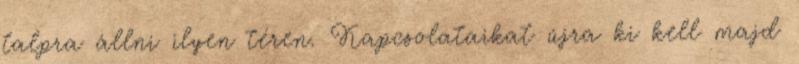
talpra állni ilyen téren. Kapcsolataikat újra ki kell majd